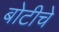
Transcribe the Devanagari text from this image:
बोटीचे